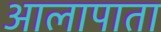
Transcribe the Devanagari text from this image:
आलापाता